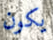
يكون